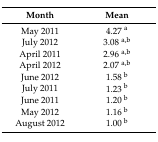
| Month | Mean |
 | --- | --- |
 | May 2011 | 4.27 a |
 | July 2012 | 3.08 a,b |
 | April 2011 | 2.96 a,b |
 | April 2012 | 2.07 a,b |
 | June 2012 | 1.58 b |
 | July 2011 | 1.23 b |
 | June 2011 | 1.20 b |
 | May 2012 | 1.16 b |
 | August 2012 | 1.00 b |